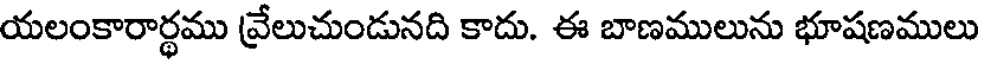
యలంకారార్థము వ్రేలుచుండునది కాదు. ఈ బాణములును భూషణములు